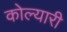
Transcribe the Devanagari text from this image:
कोल्यारी